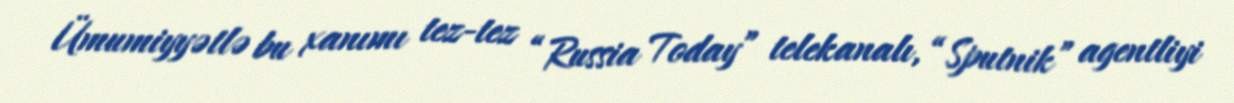
Ümumiyyətlə bu xanımı tez-tez “Russia Today” telekanalı, “Sputnik” agentliyi